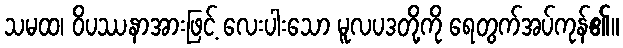
သမထ၊ ဝိပဿနာအားဖြင့် လေးပါးသော မူလပဒတို့ကို ရေတွက်အပ်ကုန်၏။